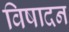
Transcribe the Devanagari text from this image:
विषादन